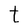
Character: t